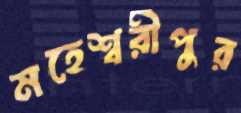
মহেশ্বরীপুর